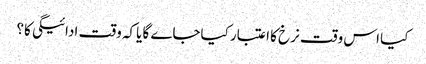
کیا اس وقت نرخ کا اعتبار کیاجاے گا یاکہ وقت ادائیگی کا؟